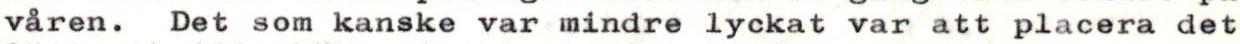
våren. Det som kanske var mindre lyckat var att placera det